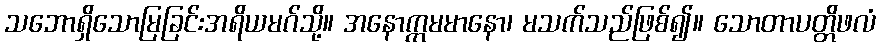
သဘောရှိသောမြခြင်းအရိယမဂ်သို့။ အနောက္ကမမာနော၊ မသက်သည်ဖြစ်၍။ သောတာပတ္တိဖလံ